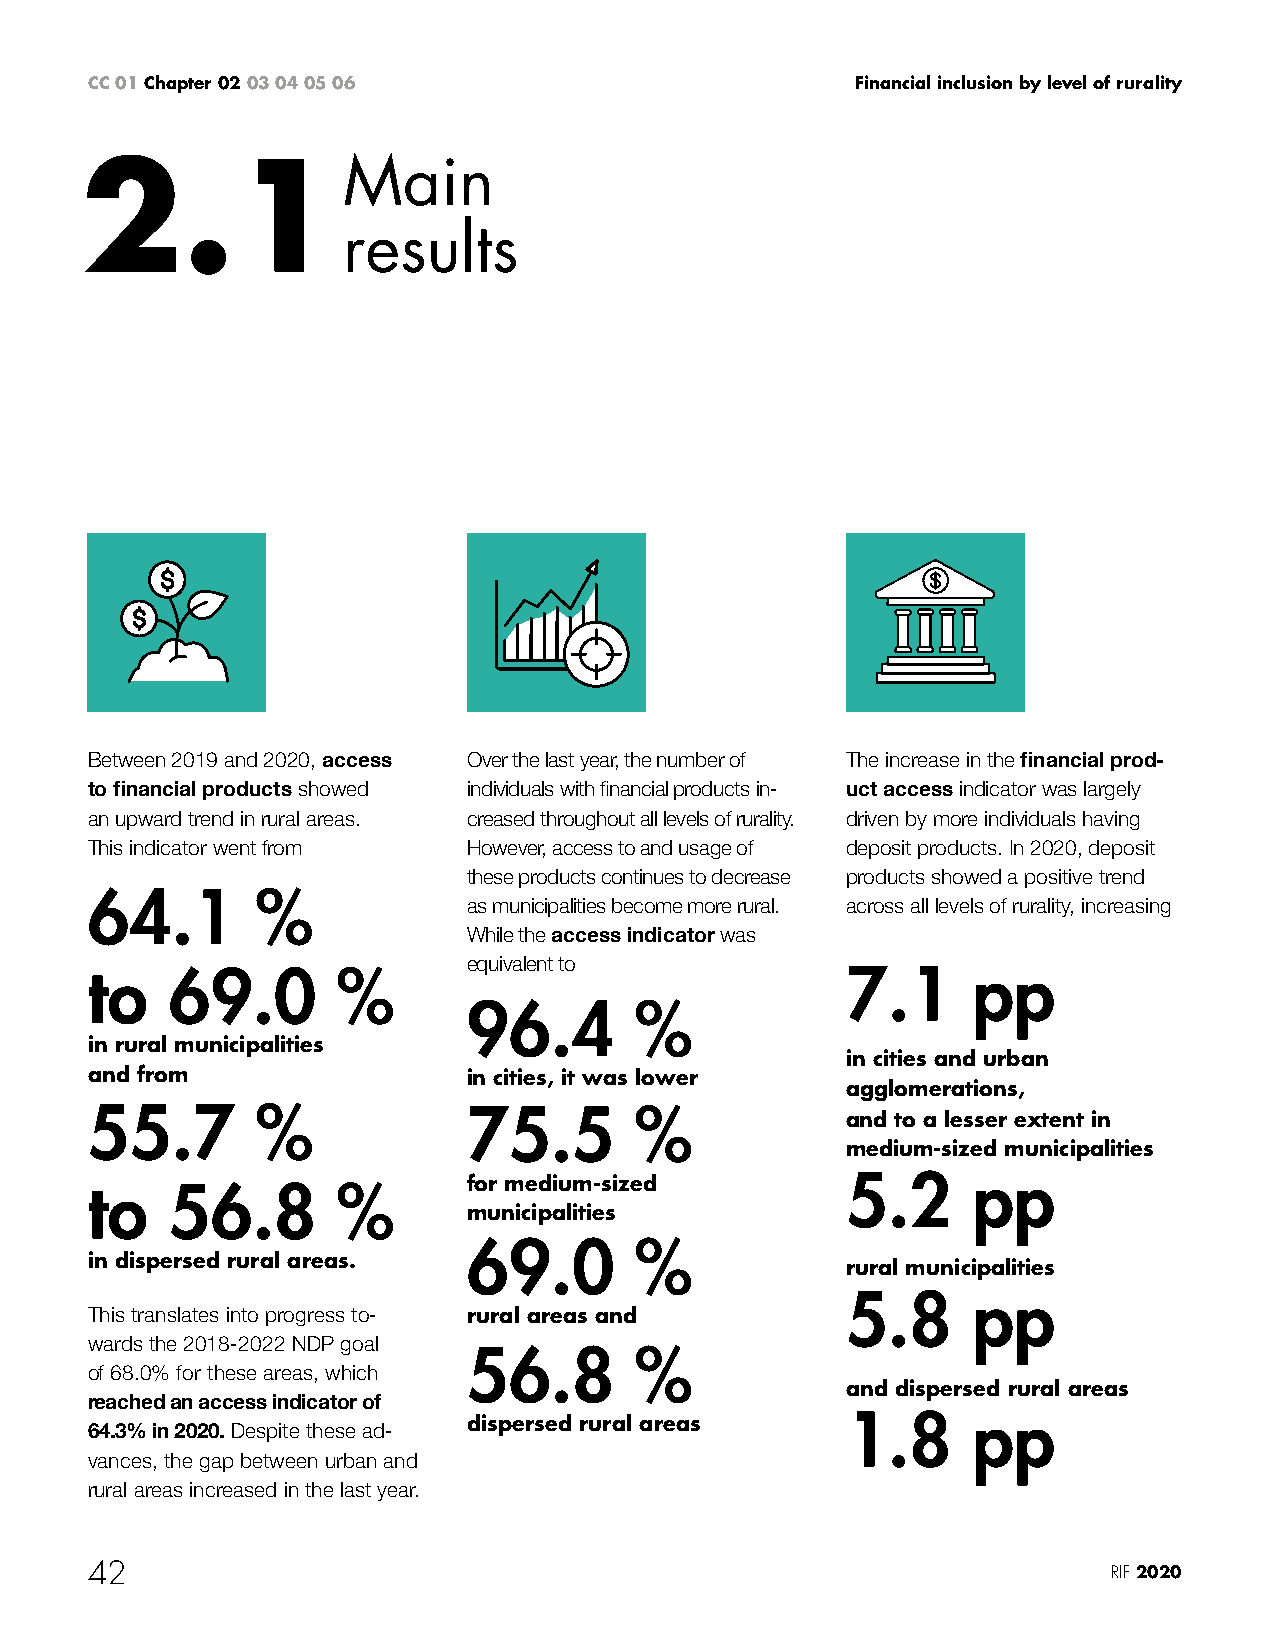
CC 01 Chapter 02 03 04 05 06                       Financial inclusion by level of rurality
 2.1Main
 results
 Between 2019 and 2020, access Over the last year, the number of The increase in the financial prod-
 to financial products showed individuals with financial products in- uct access indicator was largely
 an upward trend in rural areas. creased throughout all levels of rurality. driven by more individuals having
 This indicator went from However, access to and usage of deposit products. In 2020, deposit
 these products continues to decrease products showed a positive trend
 64.1       %
 as municipalities become more rural. across all levels of rurality, increasing
 While the access indicator was
 equivalent to
 to   69.0       %                                 7.1     pp
 96.4       %
 in rural municipalities
 in cities and urban
 and from                 in cities, it was lower
 agglomerations,
 55.7       %             75.5       %             and to a lesser extent in
 medium-sized municipalities
 for medium-sized         5.2     pp
 to   56.8       %
 municipalities
 69.0       %
 in dispersed rural areas.
 rural municipalities
 5.8     pp
 This translates into progress to- rural areas and
 wards the 2018-2022 NDP goal
 56.8       %
 of 68.0% for these areas, which
 and dispersed rural areas
 reached an access indicator of
 dispersed rural areas    1.8     pp
 64.3% in 2020. Despite these ad-
 vances, the gap between urban and
 rural areas increased in the last year.
 42                                                                  RIF 2020